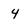
Character: 4